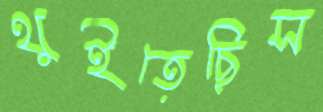
থুইতেছিস